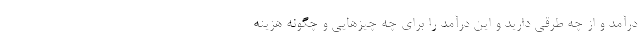
درآمد و از چه طرقی دارید و این درآمد را برای چه چیزهایی و چگونه هزینه